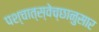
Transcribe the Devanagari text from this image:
पश्चात्स्वेच्छानुसार